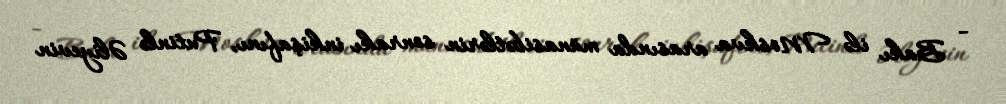
- Bakı ilə Moskva arasında münasibətlərin sonrakı inkişafını, Putinlə Əliyevin